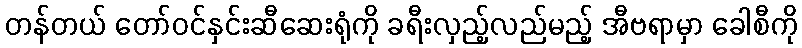
တန်တယ် တော်ဝင်နှင်းဆီဆေးရုံကို ခရီးလှည့်လည်မည့် အီဗရာမှာ ခေါစီကို